Civil Veterinary Department. Central Provinces & Berar 1925-31 - 1925-1931
Year: 1925
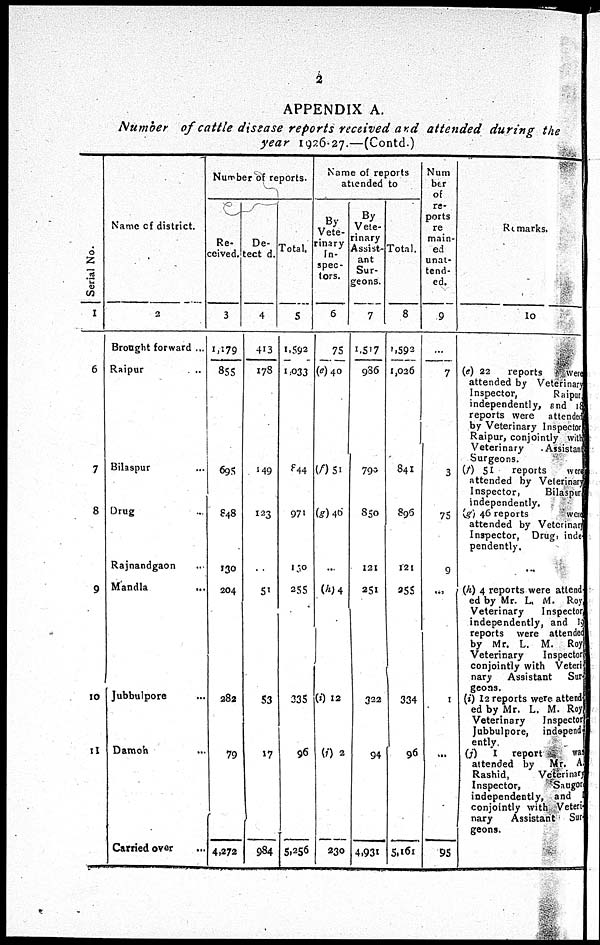
2
APPENDIX A.
Number of cattle disease reports received and attended during the
year 1926-27.—(Contd.)
Ser i al No.
1
6
7
8
9
10
11
Name of district.
2
Brought forward ...
Raipur ...
Bilaspur ...
Drug ...
Rajnandgaon ...
Mandla
...
Jubbulpore ...
Damoh ...
Carried over ...
Number of reports.
Re-
ceived.
3
1,179
855
695
848
130
204
282
79
4,272
De-
-------
4
413
178
149
123
...
51
53
17
984
Total.
5
1,592
1,033
844
971
130
255
335
96
5,256
Name of reports
attended to
By
Vete-
rinary
In-
spec-
tors.
6
75
(c) 40
(f) 51
(g) 40
...
(h) 4
(i) 12
(j) 2
230
By
Vete-
rinary
Assist-
ant
Sur-
geons.
7
1,517
936
790
850
121
251
322
94
4,931
Total.
8
1,592
1,026
841
896
121
255
334
96
5,161
Num
ber
of
re-
ports
re
main-
ed
unat-
tend-
ed.
9
...
7
3
75
9
...
1
...
95
Remarks.
10
(e) 22
reports
were
attended by Veterinary
Inspector,
Raipur
independently, and 18
reports were attended
by Veterinary Inspector
Raipur, conjointly with
Veterinary
Assistan
Surgeons.
(f) 51 reports were
attended by Veterinary
Inspector,
Bilaspur
independently.
(g) 46 reports
were
attended by Veterinary
Inspector, Drug, inde-
pendently.
...
(h) 4 reports were attend
ed by Mr. L. M. Roy
Veterinary
Inspector
independently, and 11
reports were attended
by Mr. L. M. Roy
Veterinary
Inspector
conjointly with Veteri-
nary Assistant Sur-
geons.
(i) 12 reports were attend-
ed by Mr. L. M. Roy
Veterinary Inspector
Jubbulpore, independ-
ently.
(j) I report
was
attended by Mr. A.
Rashid,
Veterinary
Inspector,
Saugon
independently, and
conjointly with Veteri-
nary
Assistant Sur-
geons.